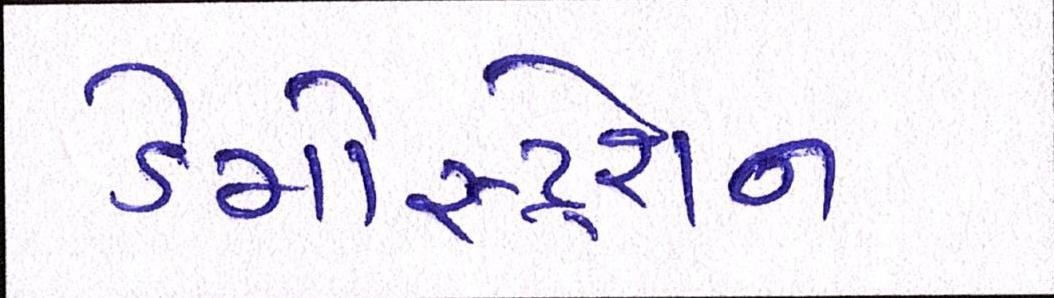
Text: ડેમોસ્ટ્રેશન